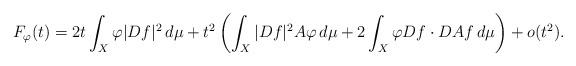
LaTeX: \begin{align*}F_\varphi(t)=2t \int_X \varphi |Df|^2 \,d\mu +t^2\left(\int_X |Df|^2 A\varphi \,d\mu +2\int_X \varphi Df\cdot DAf \,d\mu \right)+o(t^2).\end{align*}